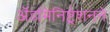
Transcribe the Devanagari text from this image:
ॲडमिनिष्ट्रेशनने